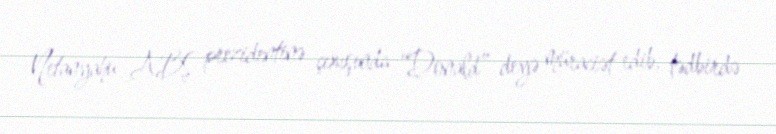
Netanyahu ABŞ prezidentinə çıxışında “Donald” deyə müraciət edib, tədbirdə